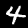
Digit: 4